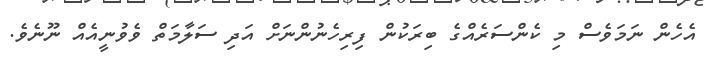
އެހެން ނަމަވެސް މި ކެންސަރެއްގެ ބިރަކުން ފިރިހެނުންނަށް އަދި ސަލާމަތް ވެވުނީއެއް ނޫނެވެ.